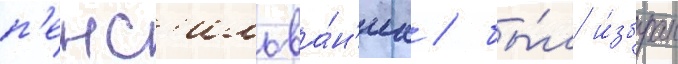
п'енс'ильва́н'иа / бы́л и́збран